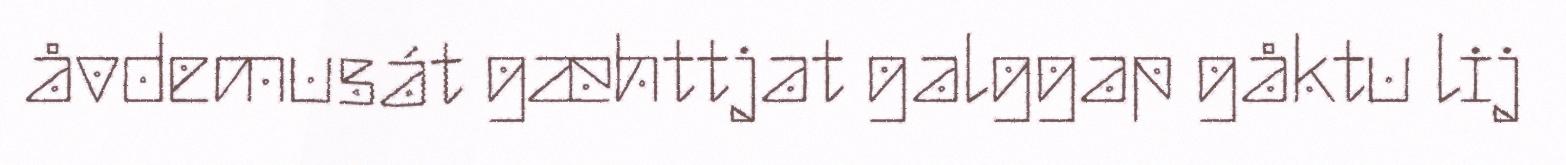
åvdemusát gæhttjat galggap gåktu lij